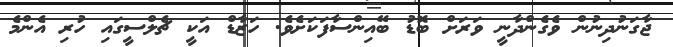
ޖާގަނުދިނުން ވެގެންދާނީ ވަރަށް ބޮޑު ބޭއިންސާފަކަށެވެ. ހަޒާޑް އަކީ ޗެލްސީގައި ހުރި އެންމެ